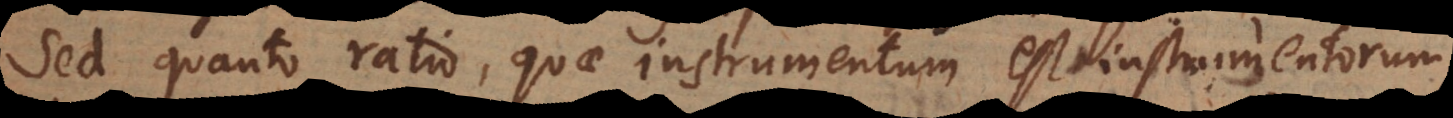
Sed quanto ratio, quae instrumentum est instrumentorum,